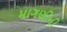
માગણીની